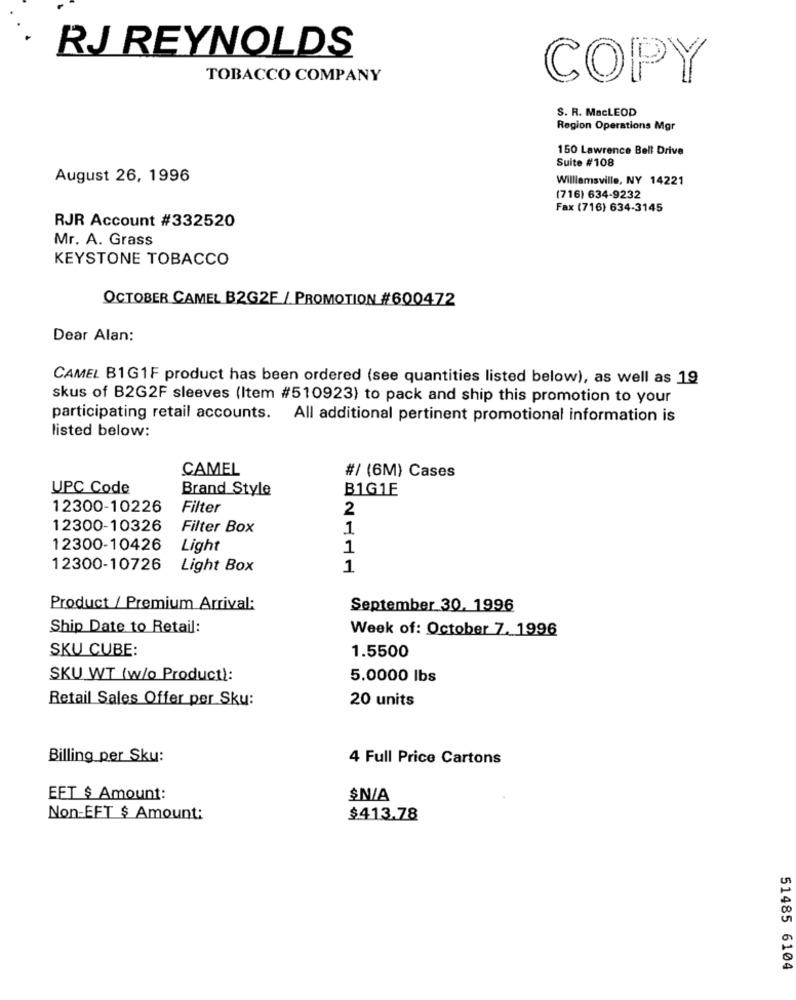
RJ REYNOLDS
TOBACCO COMPANY
COPY
S. R. MACLEOD
Region Operations Mgr
150 Lawrence Bell Drive
Suite #108
August 26, 1996
Williamsville, NY 14221
(716) 634-9232
Fax (716) 634-3145
RJR Account #332520
Mr. A. Grass
KEYSTONE TOBACCO
OCTOBER CAMEL B2G2F / PROMOTION #600472
Dear Alan:
CAMEL B1G1F product has been ordered (see quantities listed below), as well as 19
skus of B2G2F sleeves (Item #510923) to pack and ship this promotion to your
participating retail accounts. All additional pertinent promotional information is
listed below:
CAMEL
#/ (6M) Cases
UPC Code
Brand Style
B1G1E
12300-10226
Filter
2
12300-10326
Filter Box
1
12300-10426
Light
1
12300-10726
Light Box
1
Product / Premium Arrival:
September 30, 1996
Ship Date to Retail:
Week of: October 7. 1996
SKU CUBE:
1.5500
SKU WT (w/o Product):
5.0000 lbs
Retail Sales Offer per Sku:
20 units
Billing per Sku:
4 Full Price Cartons
EFT $ Amount:
$N/A
Non-EFT $ Amount:
$413.78
51485 6104